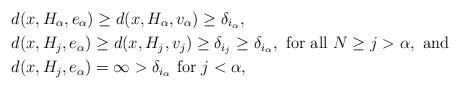
LaTeX: \begin{align*} & d(x, H_{\alpha}, e_\alpha) \ge d(x, H_{\alpha}, v_{\alpha}) \ge \delta_{i_\alpha}, \\ & d(x, H_{j}, e_\alpha) \ge d(x, H_{j}, v_{j}) \ge \delta_{i_j} \ge \delta_{i_\alpha}, \mbox{ for all } N \ge j > \alpha, \mbox{ and } \\ & d(x,H_{j}, e_\alpha) = \infty > \delta_{i_\alpha} \mbox{ for } j < \alpha, \end{align*}